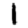
Digit: 1